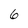
Character: 6